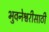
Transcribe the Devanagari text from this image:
भुवनेश्वरीसाठी